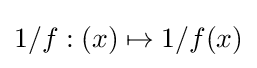
1/f:(x)\mapsto 1/f(x)